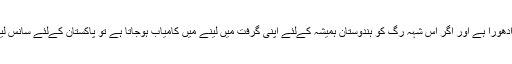
کشمیر کے بغیر پاکستان ادھورا ہے اور اگر اس شہہ رگ کو ہندوستان ہمیشہ کےلئے اپنی گرفت میں لینے میں کامیاب ہوجاتا ہے تو پاکستان کےلئے سانس لینا بھی دشوار ہوجائے گا ۔